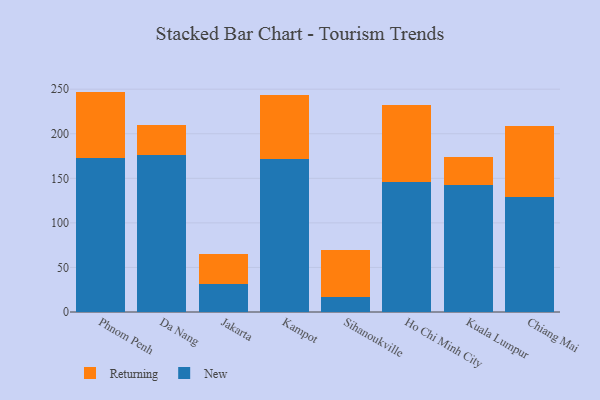
{"axis": {"x": "City", "y": "Temperature (°C)"}, "legend": ["New", "Returning"], "data": [{"x": "Phnom Penh", "y": 173.0, "type": "New"}, {"x": "Phnom Penh", "y": 74.3, "type": "Returning"}, {"x": "Da Nang", "y": 176.1, "type": "New"}, {"x": "Da Nang", "y": 33.2, "type": "Returning"}, {"x": "Jakarta", "y": 31.0, "type": "New"}, {"x": "Jakarta", "y": 33.6, "type": "Returning"}, {"x": "Kampot", "y": 171.6, "type": "New"}, {"x": "Kampot", "y": 72.3, "type": "Returning"}, {"x": "Sihanoukville", "y": 16.3, "type": "New"}, {"x": "Sihanoukville", "y": 53.5, "type": "Returning"}, {"x": "Ho Chi Minh City", "y": 145.8, "type": "New"}, {"x": "Ho Chi Minh City", "y": 86.5, "type": "Returning"}, {"x": "Kuala Lumpur", "y": 142.3, "type": "New"}, {"x": "Kuala Lumpur", "y": 31.8, "type": "Returning"}, {"x": "Chiang Mai", "y": 129.4, "type": "New"}, {"x": "Chiang Mai", "y": 79.1, "type": "Returning"}]}